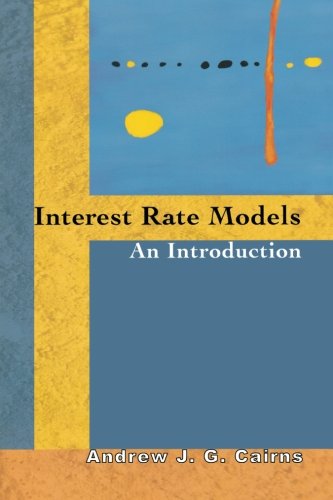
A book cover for Interest Rate Models: An Introduction; Andrew J. G. Cairns; Business & Money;